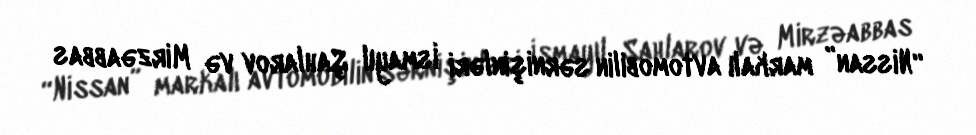
“Nissan” markalı avtomobilin sərnişinləri İsmayıl Şahlarov və Mirzəabbas